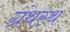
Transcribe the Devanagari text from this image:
ग्रंथस्थ